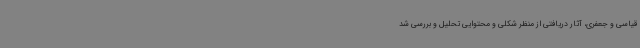
قیاسی و جعفری، آثار دریافتی از منظر شکلی و محتوایی تحلیل و بررسی شد